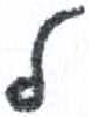
אות: ל